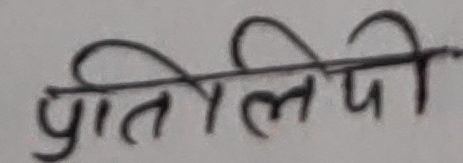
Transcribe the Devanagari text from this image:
प्रतिलिपी